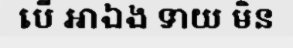
បើ អាឯង ទាយ មិន